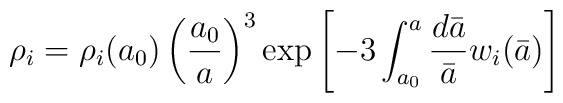
\rho_i = \rho_i(a_0) \left( \frac{a_0}{a}\right)^3 \exp \left[ - 3 \int_{a_0}^a \frac{d\bar a}{\bar a} w_i(\bar a)   \right]